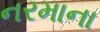
નરમાના